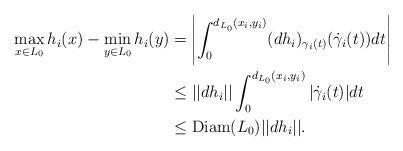
LaTeX: \begin{align*}\max_{x\in L_0} h_i(x)-\min_{y\in L_0} h_i(y)&= \left|\int_0^{d_{L_0}(x_i,y_i)}(dh_i)_{\gamma_i(t)}(\dot{\gamma}_i(t))dt\right| \\&\leq ||dh_i|| \int_0^{d_{L_0}(x_i,y_i)}|\dot{\gamma}_i(t)|dt \\&\leq \mathrm{Diam}(L_0)||dh_i||.\end{align*}